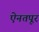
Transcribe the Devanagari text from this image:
ऐनतपूर